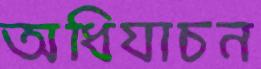
অধিযাচন